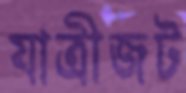
যাত্রীজট